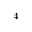
^ 4